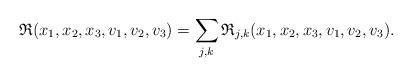
LaTeX: \begin{align*} &\frak R (x_1, x_2, x_3,v_1,v_2,v_3)=\sum \limits_{j,k} \frak R_{j,k} (x_1, x_2, x_3,v_1,v_2,v_3).\end{align*}